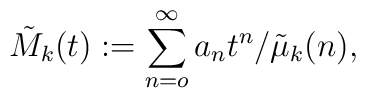
\tilde{M}_k (t):=\sum _{n=o}^\infty a_nt^n/\tilde{\mu} _k(n),